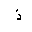
Letter: _thal